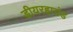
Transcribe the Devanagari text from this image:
डीयरहाउंड